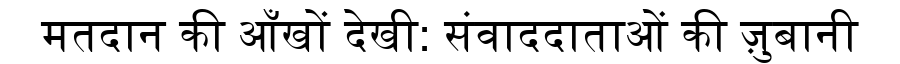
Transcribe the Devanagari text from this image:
मतदान की आँखों देखी: संवाददाताओं की ज़ुबानी